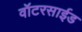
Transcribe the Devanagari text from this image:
वॉटरसाईड